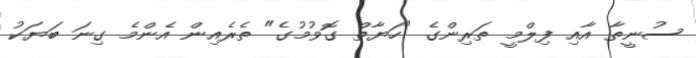
ސުނީތާ އާއި ފިލްމީ ތަރިންގެ "ހަޔާތް ގޮވުމުގެ" ތެރެއިން އެންމެ ގިނަ ބަޔަކު